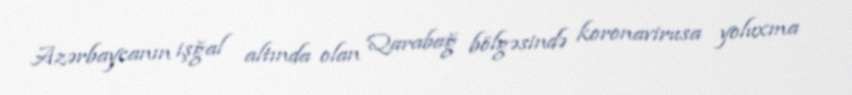
Azərbaycanın işğal altında olan Qarabağ bölgəsində koronavirusa yoluxma